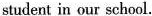
student in our school.